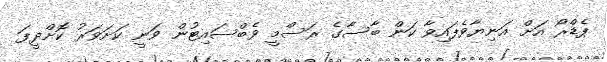
ޕެޑްރޯ އަށް އަނިޔާވެފައިވާ ކަން ބާސާގެ ރަސްމީ ވެބްސައިޓުން ވަނީ ކަށަވަރު ކޮށްދީފަ